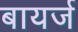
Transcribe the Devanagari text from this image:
बायर्ज